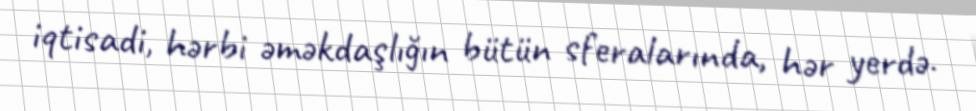
iqtisadi, hərbi əməkdaşlığın bütün sferalarında, hər yerdə.